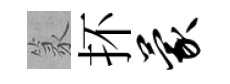
篆抔蒙